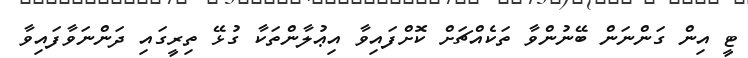
ޓީ އިން ގަންނަން ބޭނުންވާ ތަކެއްޗަށް ކޮށްފައިވާ އިޢުލާންތަކާ ގުޅޭ ތިރީގައި ދަންނަވާފައިވާ